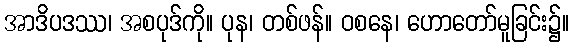
အာဒိပဒဿ၊ အစပုဒ်ကို။ ပုန၊ တစ်ဖန်။ ဝစနေ၊ ဟောတော်မူခြင်း၌။